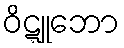
ဝိဋ္ဋူဘော